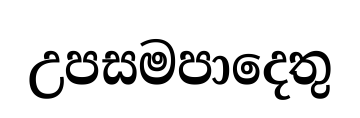
උපසමපාදෙතු